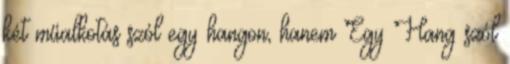
két műalkotás szól egy hangon, hanem Egy Hang szól